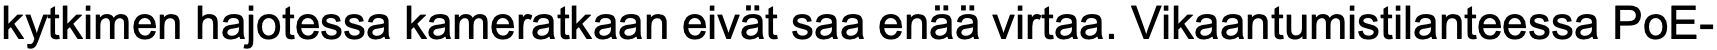
kytkimen hajotessa kameratkaan eivät saa enää virtaa. Vikaantumistilanteessa PoE-